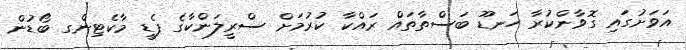
އަވަށުގައި ގޮވާންކުރާ ހަނޑޫ ބަސްތާތައް ރައްކާ ކުރުމަށް ސްރީލަންކާގެ ޕެޑީ މާކެޓިންގ ބޯޑުން